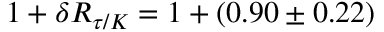
1 + \delta R _ { \tau / K } = 1 + ( 0 . 9 0 \pm 0 . 2 2 ) \